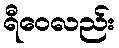
ရီဝေလည်း